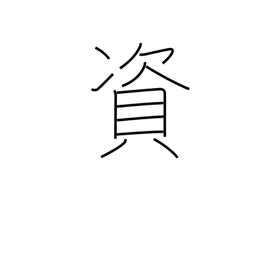
Meaning: be conducive to